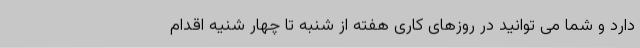
دارد و شما می توانید در روزهای کاری هفته از شنبه تا چهار شنیه اقدام